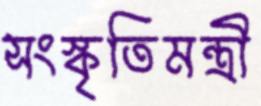
সংস্কৃতিমন্ত্রী